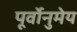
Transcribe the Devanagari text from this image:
पूर्वोनुमेय